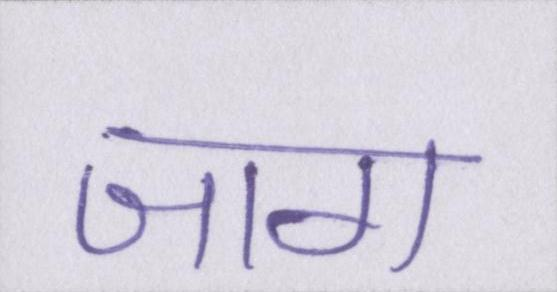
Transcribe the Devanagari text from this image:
जाग